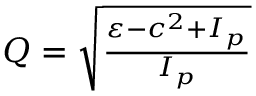
\begin{array} { r } { Q = \sqrt { \frac { \varepsilon - c ^ { 2 } + I _ { p } } { I _ { p } } } } \end{array}